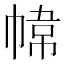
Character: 𭘮